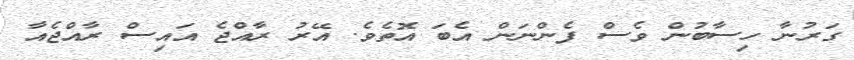
ގަރުނާ ހިސާބުން ވެސް ފެންނަން އެބަ އޮތެވެ. އޭރު ރާއްޖެ އައިސް ރާއްޖެއާ